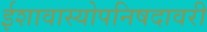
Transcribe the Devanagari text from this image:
ईशावास्योपनिषदावरी